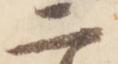
二